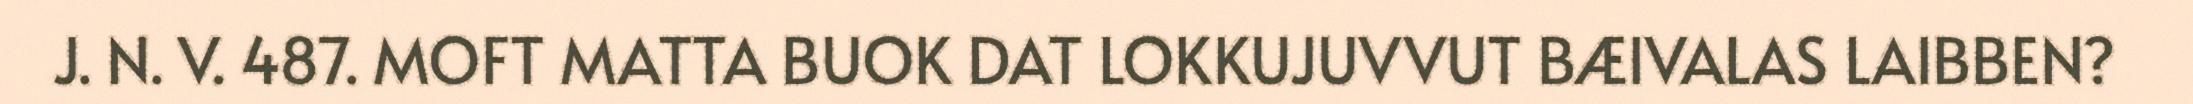
J. N. V. 487. MOFT MATTA BUOK DAT LOKKUJUVVUT BÆIVALAS LAIBBEN?